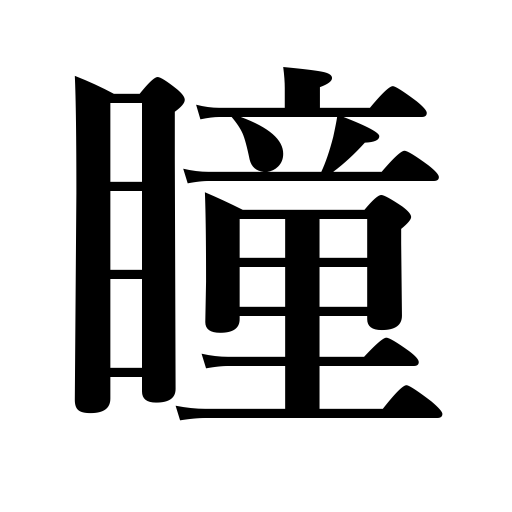
Meanings: pupil of the eye